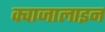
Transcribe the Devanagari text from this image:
क्वाजालाइन